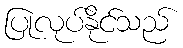
ပြုလုပ်နိုင်သည်